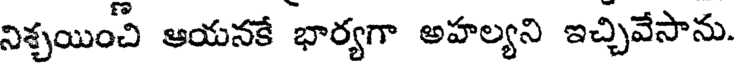
నిశ్చయించి ఆయనకే భార్యగా అహల్యని ఇచ్చివేసాను.